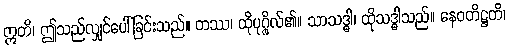
ဣတိ၊ ဤသည်လျှင်ပေါ်ခြင်းသည်။ တဿ၊ ထိုပုဂ္ဂိုလ်၏။ သာသဒ္ဓါ၊ ထိုသဒ္ဓါသည်။ နေဝတိဋ္ဌတိ၊